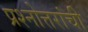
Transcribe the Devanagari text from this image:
प्रश्नोत्तरांची